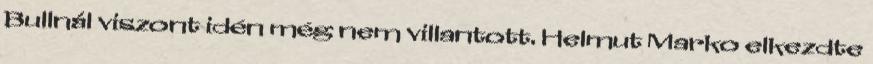
Bullnál viszont idén még nem villantott. Helmut Marko elkezdte